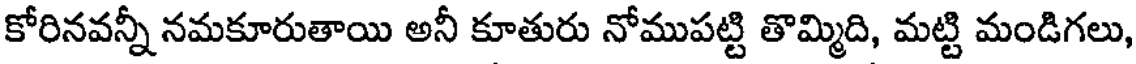
కోరినవన్నీ నమకూరుతాయి అనీ కూతురు నోముపట్టి తొమ్మిది, మట్టి మండిగలు,